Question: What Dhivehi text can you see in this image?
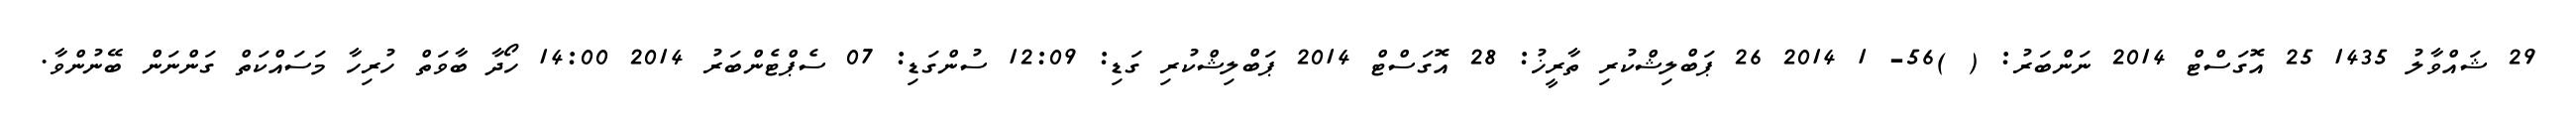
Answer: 29 ޝައްވާލު 1435 25 އޮގަސްޓް 2014 ނަންބަރު: ( )56- 1 2014 26 ޕަބްލިޝްކުރި ތާރީޚު: 28 އޮގަސްޓް 2014 ޕަބްލިޝްކުރި ގަޑި: 12:09 ސުންގަޑި: 07 ސެޕްޓެންބަރު 2014 14:00 ހޯދާ ބާވަތް ހުރިހާ މަސައްކަތް ގަންނަން ބޭނުންވާ.